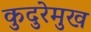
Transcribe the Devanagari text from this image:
कुदुरेमुख